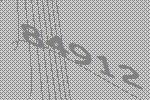
84912